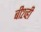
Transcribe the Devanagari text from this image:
बी२व्ही